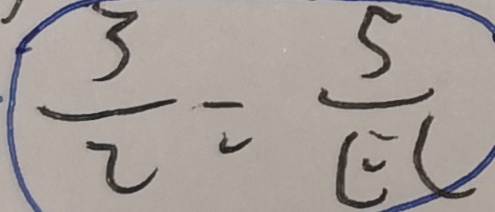
\frac { 3 } { 2 } = \frac { 5 } { E C }